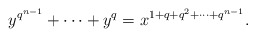
\begin{align*} y^{q^{n-1}}+\cdots+y^q=x^{1+q+q^2+\cdots+q^{n-1}}.\end{align*}